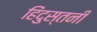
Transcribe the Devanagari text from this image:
हिंदुस्तनी